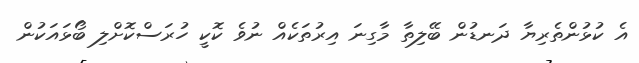
އެ ކުޅުންތެރިޔާ ދަނޑުން ބޭލިތާ މާގިނަ އިރުތަކެއް ނުވެ ކޮކީ ހުރަސްކޮށްލި ބޯޅައަކުން